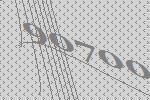
90700